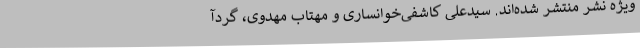
ویژه نشر منتشر شده‌اند. سیدعلی کاشفی‌خوانساری و مهتاب مهدوی، گردآ